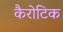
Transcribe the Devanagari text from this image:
कैरोटिक